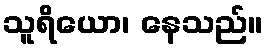
သူရိယော၊ နေသည်။